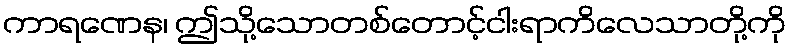
ကာရဏေန၊ ဤသို့သောတစ်တောင့်ငါးရာကိလေသာတို့ကို